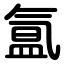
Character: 氲